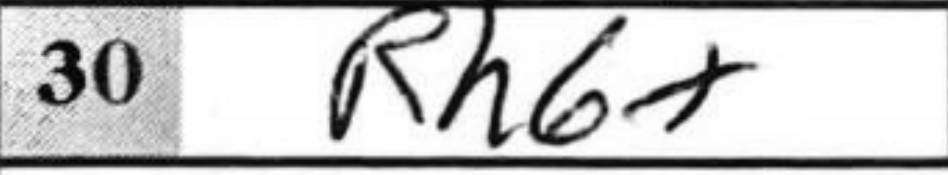
Transcription: Rh6+